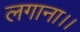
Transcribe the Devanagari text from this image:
लगाना।।